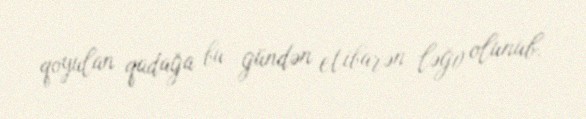
qoyulan qadağa bu gündən etibarən ləğv olunub.